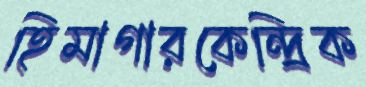
হিমাগারকেন্দ্রিক